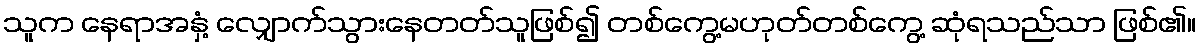
သူက နေရာအနှံ့ လျှောက်သွားနေတတ်သူဖြစ်၍ တစ်ကွေ့မဟုတ်တစ်ကွေ့ ဆုံရသည်သာ ဖြစ်၏။